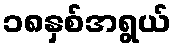
၁၈နှစ်အရွယ်